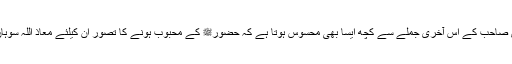
٭ پھلواروی صاحب کے اس آخری جملے سے کچھ ایسا بھی محسوس ہوتا ہے کہ حضورﷺ کے محبوب ہونے کا تصور ان کیلئے معاذ اللہ سوہان روح ہے۔